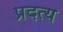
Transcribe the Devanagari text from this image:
प्रदत्य